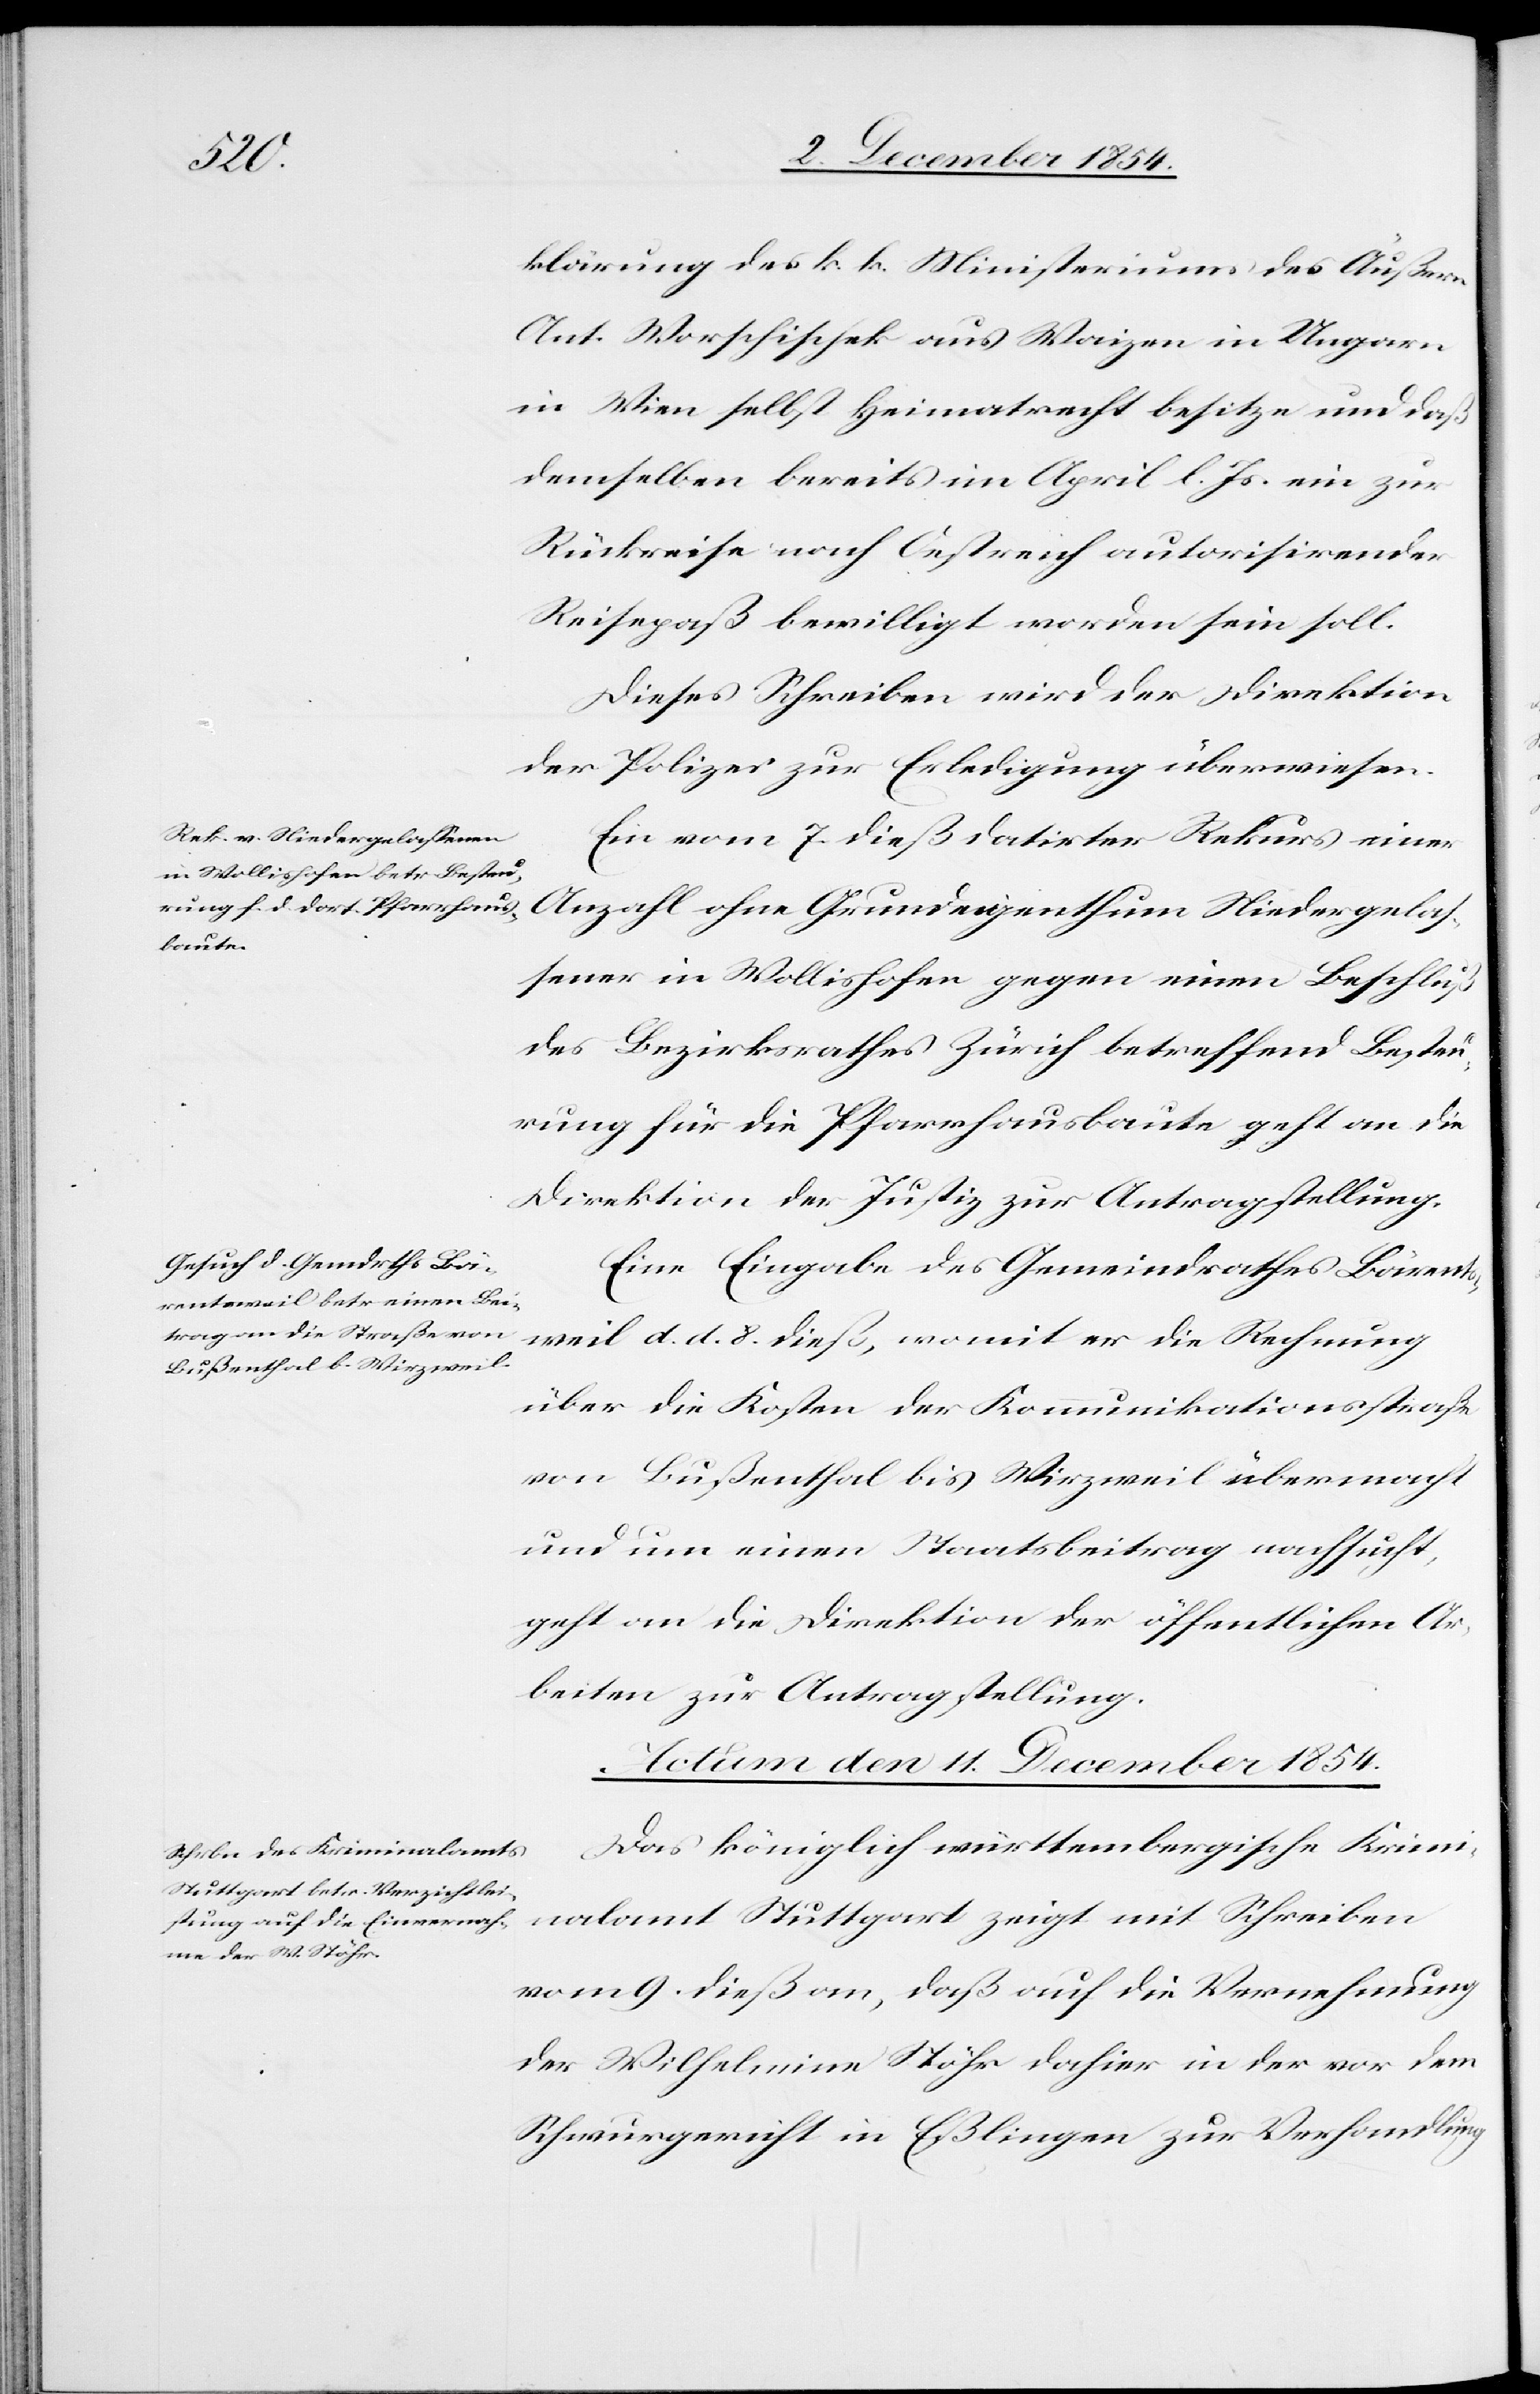
klärung des k. k. Ministerium des Äußern
Ant. Worschischek aus Waizen in Ungarn
in Wien selbst Heimatsrecht besitze und daß
demselben bereits im April l. Js. ein zur
Rückreise nach Oestreich autorisirender
Reisepaß bewilligt worden sein soll.
Dieses Schreiben wird der Direktion
der Polizei zur Erledigung überwiesen.
Ein vom 7. dieß datirter Rekurs einer
Anzahl ohne Grundeigenthum Niedergelaß¬
ener in Wollishofen gegen einen Beschluß
des Bezirksrathes Zürich betreffend Besteu¬
rung für die Pfarrhausbaute geht an die
Direktion der Justiz zur Antragstellung.
Eine Eingabe des Gemeindrathes Bärents¬
weil d. d. 8. dieß, womit er die Rechnung
über die Kosten der Kommunikationsstraße
von Bußenthal bis Wirzweil übermacht
und um einen Staatsbeitrag nachsucht,
geht an die Direktion der öffentlichen Ar¬
beiten zur Antragstellung.
Actum den 11. December 1854.
Das königlich württembergische Krimi¬
nalamt Stuttgart zeigt mit Schreiben
vom 9. dieß an, daß auf die Vernehmung
der Wilhelmine Stöhr dahier in der vor dem
Schwurgericht in Eßlingen zur Verhandlung